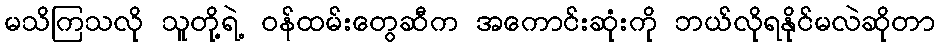
မသိကြသလို သူတို့ရဲ့ ဝန်ထမ်းတွေဆီက အကောင်းဆုံးကို ဘယ်လိုရနိုင်မလဲဆိုတာ